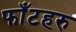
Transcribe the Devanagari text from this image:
फाँटहरु